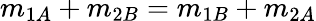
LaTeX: m_{1A}+m_{2B}=m_{1B}+m_{2A}